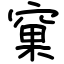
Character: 窠